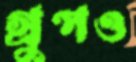
গ্রুপও